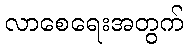
လာစေရေးအတွက်